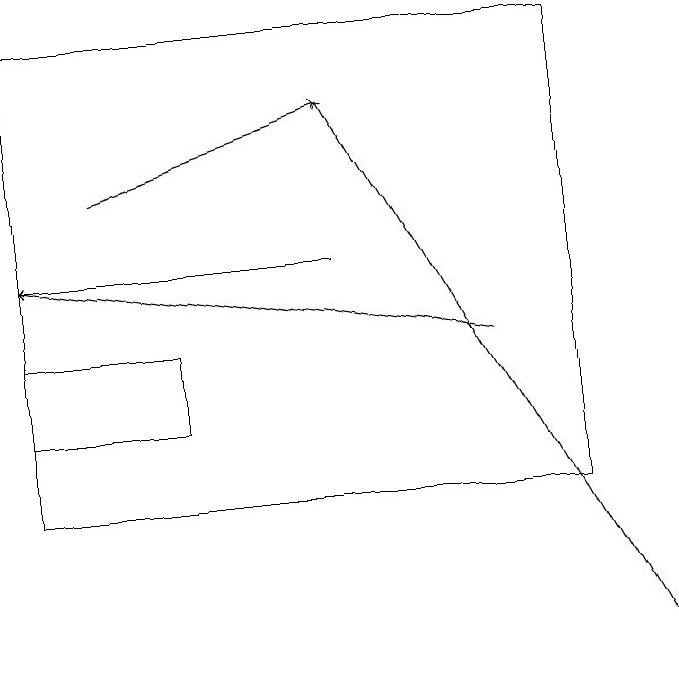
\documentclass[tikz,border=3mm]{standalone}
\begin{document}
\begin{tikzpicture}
\draw (1,19) rectangle (8,13);
\draw[->] (5,16) -- (1,16);
\draw[->] (2,17) -- (5,18);
\draw (3,15) rectangle (1,14);
\draw[->] (7,15) -- (1,16);
\draw[->] (9,11) -- (5,18);
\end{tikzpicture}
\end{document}